Plague in India, 1896, 1897 - Volume 1
Year: 1896
Disease focus: Plague
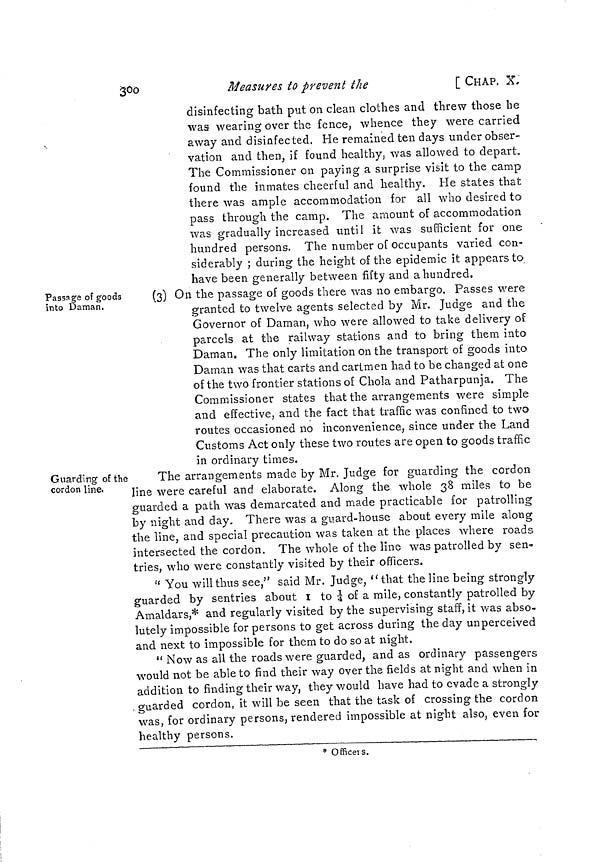
300
Measures to prevent the
[ CHAP. X,
disinfecting bath put on clean clothes and threw those he
was wearing over the fence, whence they were carried
away and disinfected. He remained ten days under obser-
vation and then, if found healthy, was allowed to depart.
The Commissioner on paying a surprise visit to the camp
found the inmates cheerful and healthy. He states that
there was ample accommodation for all who desired to
pass through the camp. The amount of accommodation
was gradually increased until it was sufficient for one
hundred persons. The number of occupants varied con-
siderably ; during the height of the epidemic it appears to
have been generally between fifty and a hundred.
Passage of goods
into Daman,
(3) On the passage of goods there was no embargo. Passes were
granted to twelve agents selected by Mr. Judge and the
Governor of Daman, who were allowed to take delivery of
parcels at the railway stations and to bring them into
Daman. The only limitation on the transport of goods into
Daman was that carts and cartmen had to be changed at one
of the two frontier stations of Chola and Patharpunja. The
Commissioner states that the arrangements were simple
and effective, and the fact that traffic was confined to two
routes occasioned no inconvenience, since under the Land
Customs Act only these two routes are open to goods traffic
in ordinary times.
Guarding of the
cordon line,
The arrangements made by Mr. Judge for guarding the cordon
line were careful and elaborate. Along the whole 38 miles to be
guarded a path was demarcated and made practicable for patrolling
by night and day. There was a guard-house about every mile along
the line, and special precaution was taken at the places where roads
intersected the cordon. The whole of the line was patrolled by sen-
tries, who were constantly visited by their officers.
" You will thus see," said Mr. Judge, "that the line being strongly
guarded by sentries about I to ¼ of a mile, constantly patrolled by
Amaldars,* and regularly visited by the supervising staff, it was abso-
lutely impossible for persons to get across during the day unperceived
and next to impossible for them to do so at night.
" Now as all the roads were guarded, and as ordinary passengers
would not be able to find their way over the fields at night and when in
addition to finding their way, they would have had to evade a strongly
guarded cordon, it will be seen that the task of crossing the cordon
was, for ordinary persons, rendered impossible at night also, even for
healthy persons.
* Officers.